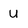
Character: U